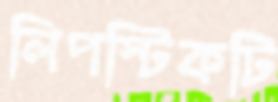
লিপস্টিকটি